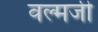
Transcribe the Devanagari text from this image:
वल्मजी